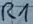
Text: R1